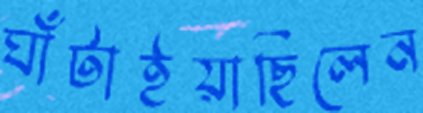
ঘাঁটাইয়াছিলেন